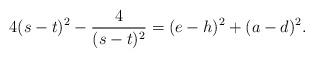
LaTeX: \begin{align*}4(s-t)^2 - \frac{4}{(s-t)^2} = (e-h)^2+(a-d)^2.\end{align*}